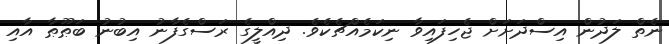
ނެތް ލަދުން އިސްދަށަށް ޖެހިފައިވާ ނިކަމެއްޗެކެވެ. ދިއްލީގެ ރަސްގެފާނު އިބުނު ބަޠޫޠާ އާއި